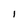
Character: I